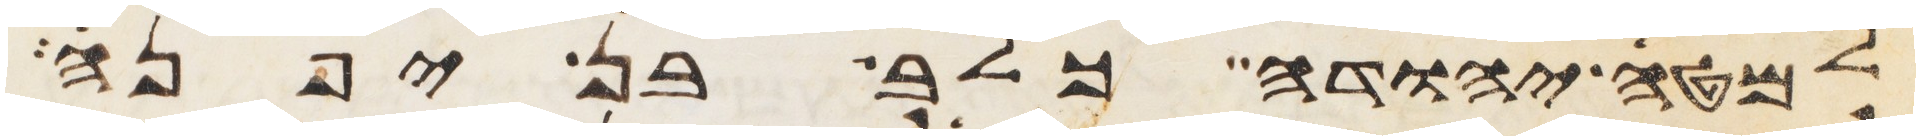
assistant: למטה יהודה כלב בן יפנה